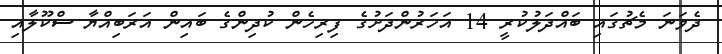
ދެވަނަ މެޗުގައި ބައްދަލުކުރީ 14 އަހަރުންދަށުގެ ފިރިހެން ކުދިންގެ ބައިން އަރަބިއްޔާ ސްކޫލާއި